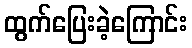
ထွက်ပြေးခဲ့ကြောင်း